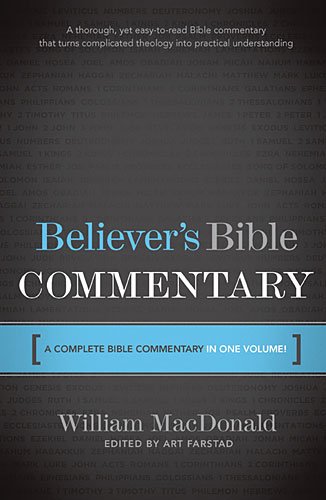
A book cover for Believer's Bible Commentary; William MacDonald; Christian Books & Bibles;